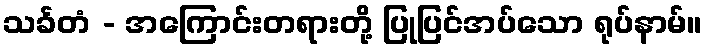
သင်္ခတံ - အကြောင်းတရားတို့ ပြုပြင်အပ်သော ရုပ်နာမ်။